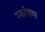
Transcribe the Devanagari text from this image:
स्कांक्स